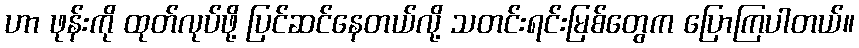
ဟာ ဖုန်းကို ထုတ်လုပ်ဖို့ ပြင်ဆင်နေတယ်လို့ သတင်းရင်းမြစ်တွေက ပြောကြပါတယ်။